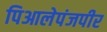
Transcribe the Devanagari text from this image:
पिआलेपंजपीर